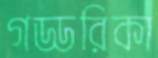
গড্ডরিকা